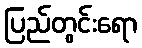
ပြည်တွင်းရော